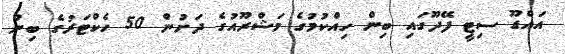
އައްޑޫ ސިޓީ ފޭދޫގައި ބިން ހިއްކުމުގެ މަޝްރޫއުގެ ދަށުން 50 ހެކްޓަރުގެ ބިން